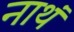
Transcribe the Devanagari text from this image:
नाथं